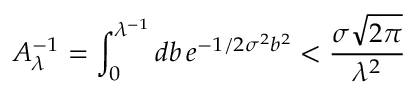
A _ { \lambda } ^ { - 1 } = \int _ { 0 } ^ { \lambda ^ { - 1 } } d b \, e ^ { - 1 / 2 \sigma ^ { 2 } b ^ { 2 } } < { \frac { \sigma \sqrt { 2 \pi } } { \lambda ^ { 2 } } }